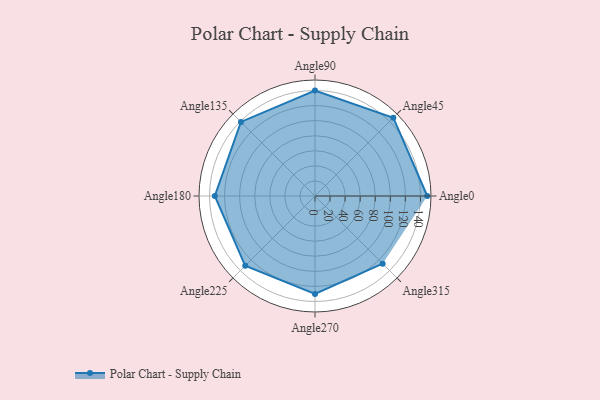
{"axis": {"x": "Angle", "y": "Radius"}, "legend": [""], "data": [{"x": "Angle0", "y": 149.0, "type": ""}, {"x": "Angle45", "y": 147.0, "type": ""}, {"x": "Angle90", "y": 140.0, "type": ""}, {"x": "Angle135", "y": 139.0, "type": ""}, {"x": "Angle180", "y": 133.0, "type": ""}, {"x": "Angle225", "y": 131.0, "type": ""}, {"x": "Angle270", "y": 130.0, "type": ""}, {"x": "Angle315", "y": 127.0, "type": ""}]}